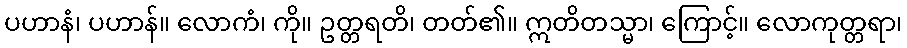
ပဟာနံ၊ ပဟာန်။ လောကံ၊ ကို။ ဥတ္တရတိ၊ တတ်၏။ ဣတိတသ္မာ၊ ကြောင့်။ လောကုတ္တရာ၊